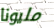
مليونا